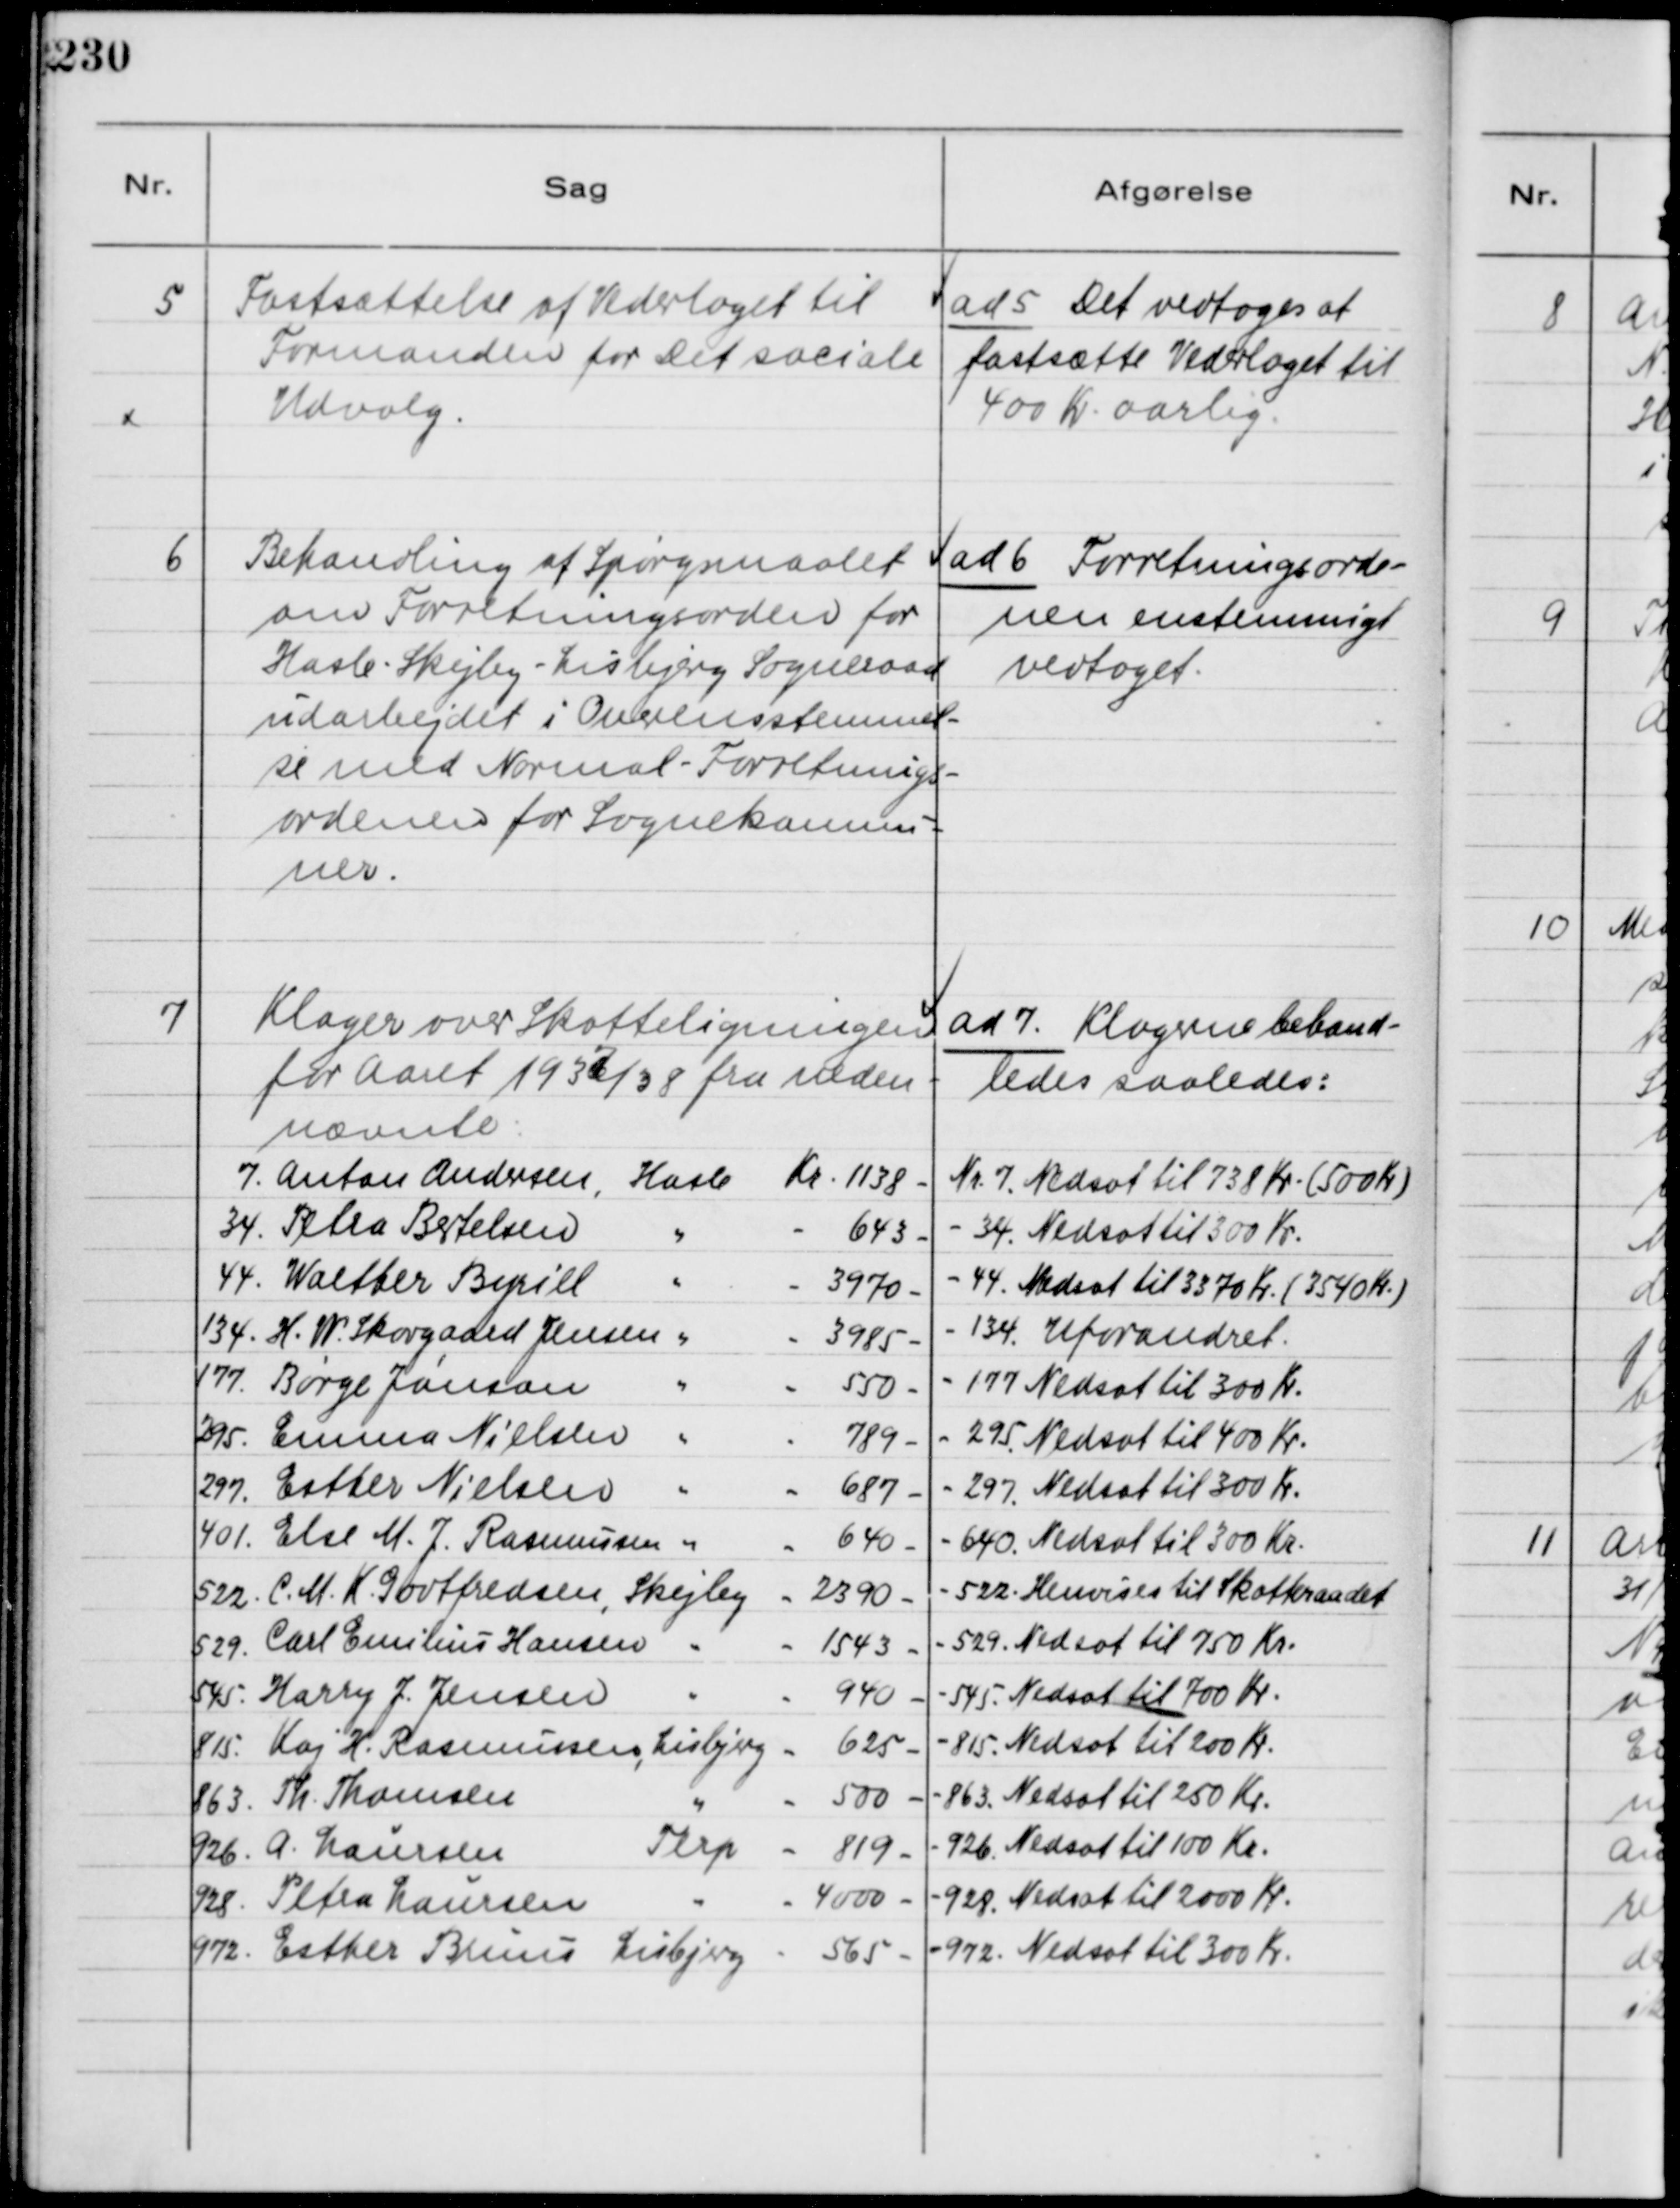
Transskription:
5
Fastsættelse af Vederlaget til
Formanden for Det sociale
Udvalg.

ad 5 Det vedtoges at
fastsætte Vederlaget til
400 Kr. aarlig.

6
Behandling af Spørgsmaalet
om Forretningsorden for
Hasle - Skejby - Lisbjerg Sogneraad
udarbejdet i Overensstemmel-
se med Normal - Forretnings-
ordenen for Sognekomnu-
ner.

ad 6 Forretningsorde-
nen enstemmigt
vedtoget.

7
Klager over Skatteligningen
for Aaret 1937/38 fra neden-
nævnte:
7. Anton Andersen, Hasle  Kr. 1138 -
34. Petra Bertelsen
"
- 643 -
44. Walther Byrill
"
- 3970 -
134. H. W. Skovgaard Jensen "
- 3985 -
177. Børge Jønson
"
- 550 -
295. Emma Nielsen "
- 789 -
297. Esther Nielsen
"
- 687 -
401. Else M. J. Rasmussen "
- 640 -
522. C. M. K. Godtfredsen, Skejby " 2390 -
529. Carl Emilius Hansen "
- 1543 -
545. Harry J. Jensen
"
- 940 -
815. Kaj H. Rasmussen, Lisbjerg - 625 -
863. Th. Thomsen
"
- 500 -
926. A. Laursen
Terp - 819 -
928. Petra Laursen
"
- 4000 -
972. Esther Bruus Lisbjerg - 565 -

ad 7. Klagerne behand-
ledes saaledes:
Nr. 7. Nedsat til 738 Kr. ( 500 Kr )
- 34. Nedsat til 300 Kr.
- 44. Nedsat til 3370 Kr. ( 3540 Kr. )
- 134. Uforandret.
- 177. Nedsat til 300 Kr.
- 295. Nedsat til 400 Kr.
- 297. Nedsat til 300 Kr.
- 640. Nedsat til 300 Kr.
- 522. Henvises til Skatteraadet
- 529. Nedsat til 750 Kr.
- 545. Nedsat til 700 kr.
- 815. Nedsat til 200 Kr.
- 863. Nedsat til 250 Kr.
- 926. Nedsat til 100 Kr.
- 928. Nedsat til 2000 Kr.
- 972. Nedsat til 300 Kr.